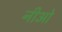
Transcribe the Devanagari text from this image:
नीओ